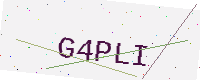
Text: G4PLI